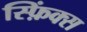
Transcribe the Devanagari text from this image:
स्फ़िंक्स